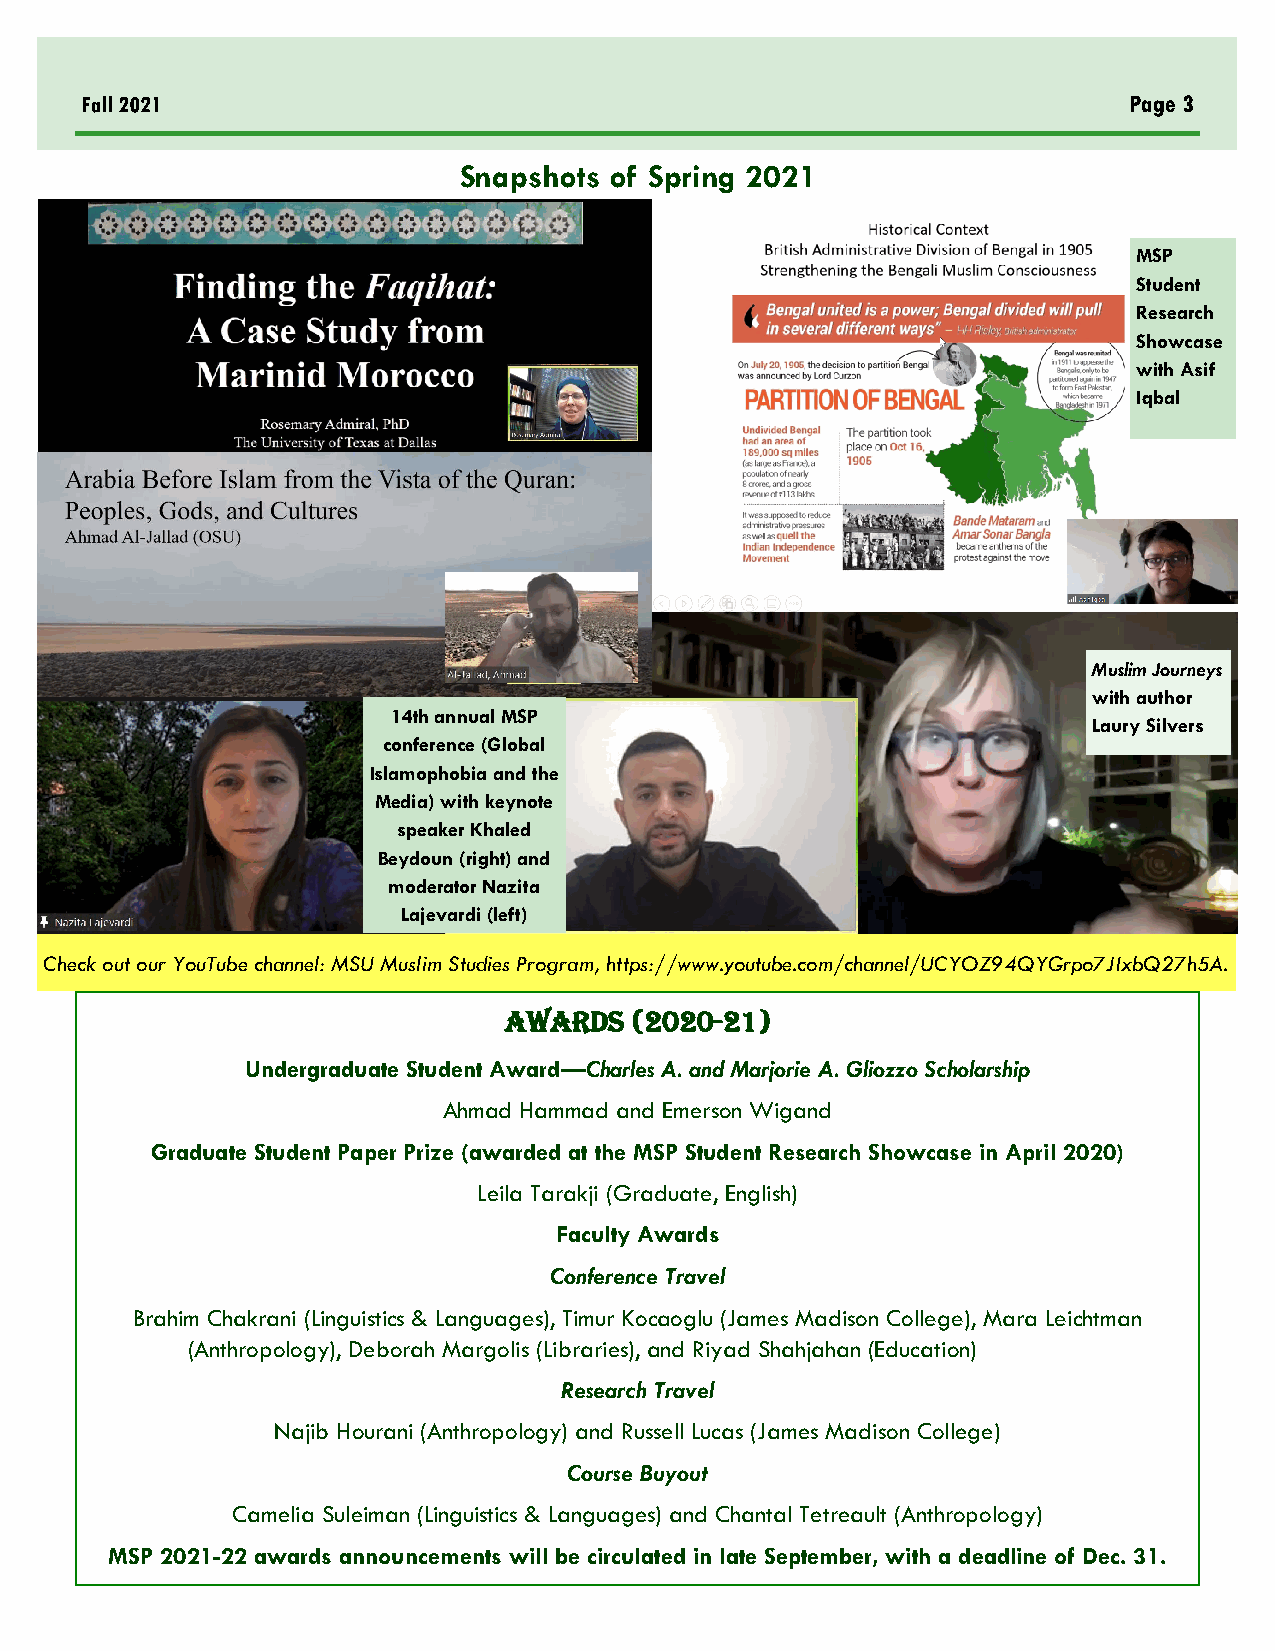
Page 3
 Snapshots of Spring 2021
 MSP
 Student
 Research
 Showcase
 with Asif
 Iqbal
 Muslim Journeys
 with author
 14th annual MSP
 Laury Silvers
 conference (Global
 Islamophobia and the
 Media) with keynote
 speaker Khaled
 Beydoun (right) and
 moderator Nazita
 Lajevardi (left)
 Check out our YouTube channel: MSU Muslim Studies Program, https://www.youtube.com/channel/UCYOZ94QYGrpo7JIxbQ27h5A.
 Awards   (2020-21)
 Undergraduate Student Award—Charles A. and Marjorie A. Gliozzo Scholarship
 Ahmad Hammad and Emerson Wigand
 Graduate Student Paper Prize (awarded at the MSP Student Research Showcase in April 2020)
 Leila Tarakji (Graduate, English)
 Faculty Awards
 Conference Travel
 Brahim Chakrani (Linguistics & Languages), Timur Kocaoglu (James Madison College), Mara Leichtman
 (Anthropology), Deborah Margolis (Libraries), and Riyad Shahjahan (Education)
 Research Travel
 Najib Hourani (Anthropology) and Russell Lucas (James Madison College)
 Course Buyout
 Camelia Suleiman (Linguistics & Languages) and Chantal Tetreault (Anthropology)
 MSP 2021-22 awards announcements will be circulated in late September, with a deadline of Dec. 31.